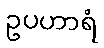
ဥပဟာရံ